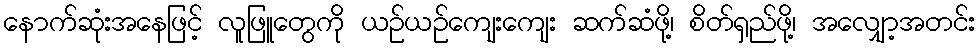
နောက်ဆုံးအနေဖြင့် လူဖြူတွေကို ယဉ်ယဉ်ကျေးကျေး ဆက်ဆံဖို့၊ စိတ်ရှည်ဖို့၊ အလျှော့အတင်း